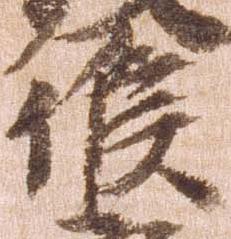
候